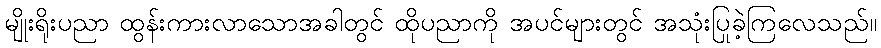
မျိုးရိုးပညာ ထွန်းကားလာသောအခါတွင် ထိုပညာကို အပင်များတွင် အသုံးပြုခဲ့ကြလေသည်။